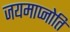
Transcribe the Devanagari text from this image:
जयमाप्नोति